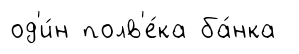
од'и́н полв'е́ка ба́нка